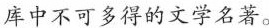
库中不可多得的文学名著。